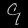
Digit: ၄